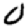
Digit: 0